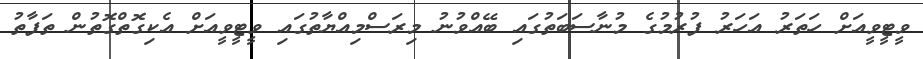
ވީޓީވީއަށް ހަތަރު އަހަރު ފުރުމުގެ މުނާސަބަތުގައި ބޭއްވުނު މިރަސްމިއްޔާތުގައި ވީޓީވީއަށް އެކިގޮތްގޮތުން ތަފާތު